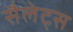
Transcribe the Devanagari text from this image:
सैलेट्स